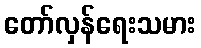
တော်လှန်ရေးသမား